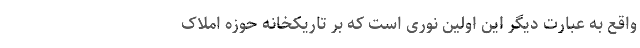
واقع به عبارت دیگر این اولین نوری است که بر تاریکخانه حوزه املاک